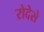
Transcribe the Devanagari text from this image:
रोदेसे